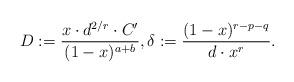
LaTeX: \begin{align*} D := \dfrac{x \cdot d^{2/r} \cdot C'}{(1-x)^{a+b}}, \delta := \dfrac{(1-x)^{r-p-q}}{d \cdot x^r}. \end{align*}